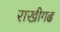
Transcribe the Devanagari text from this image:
राखीगढ